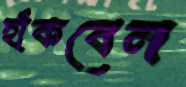
ছাঁকবেন